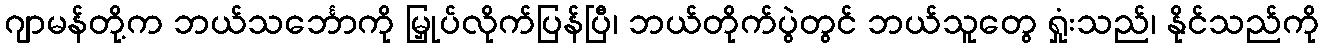
ဂျာမန်တို့က ဘယ်သင်္ဘောကို မြှုပ်လိုက်ပြန်ပြီ၊ ဘယ်တိုက်ပွဲတွင် ဘယ်သူတွေ ရှုံးသည်၊ နိုင်သည်ကို